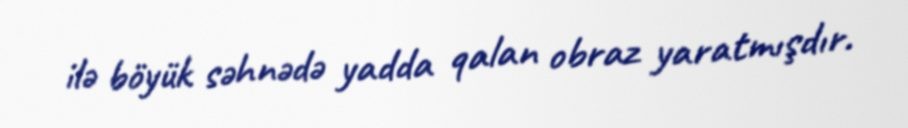
ilə böyük səhnədə yadda qalan obraz yaratmışdır.